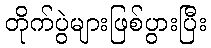
တိုက်ပွဲများဖြစ်ပွားပြီး